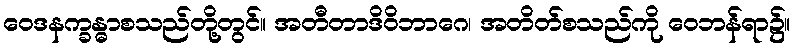
ဝေဒနက္ခန္ဓာစသည်တို့တွင်။ အတီတာဒိဝိဘာဂေ၊ အတိတ်စသည်ကို ဝေဘန်ရာ၌။